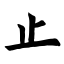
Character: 止